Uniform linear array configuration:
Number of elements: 24
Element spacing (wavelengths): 1
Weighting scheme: cosine
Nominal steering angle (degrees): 30
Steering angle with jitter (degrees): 30.729
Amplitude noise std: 0.05
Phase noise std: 0.05

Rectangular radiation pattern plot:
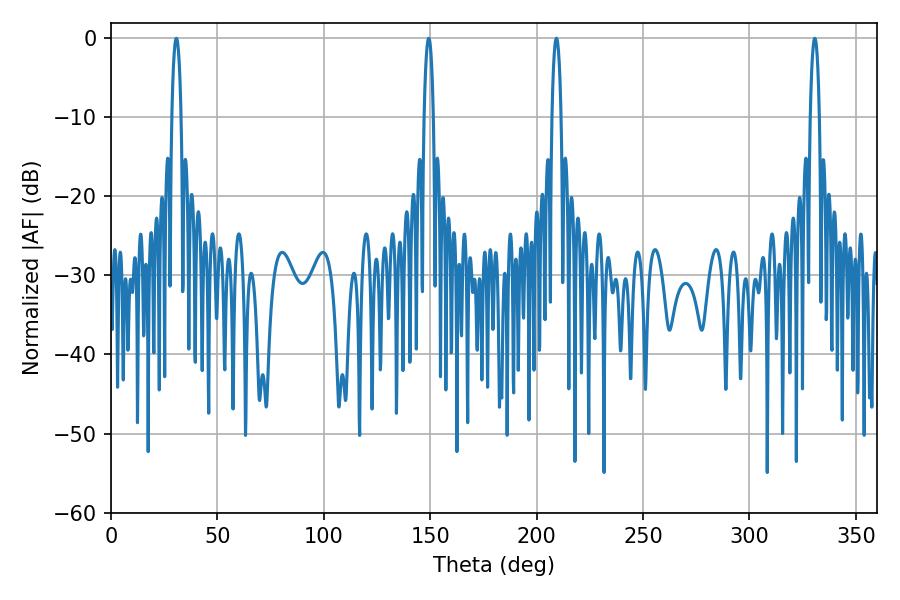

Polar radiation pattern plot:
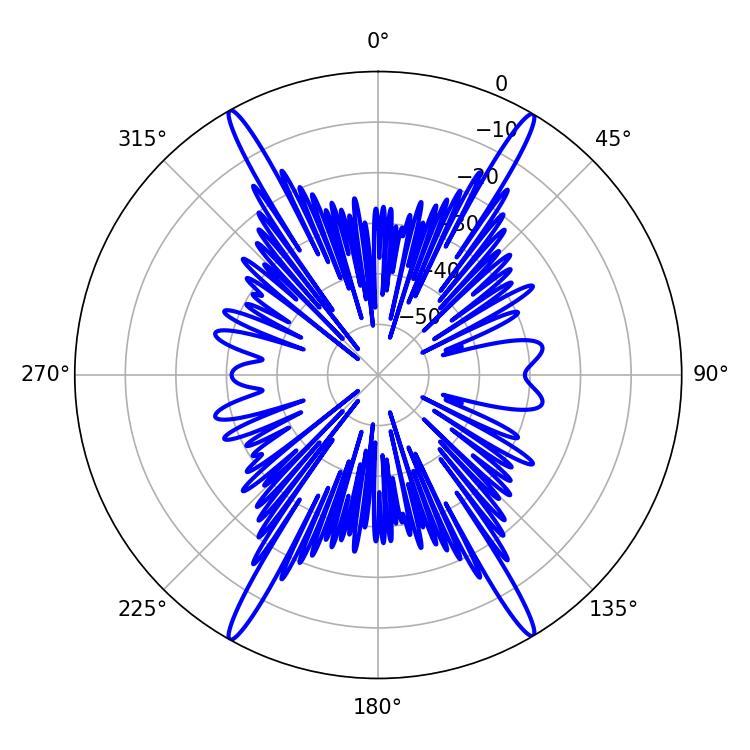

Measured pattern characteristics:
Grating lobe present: TRUE
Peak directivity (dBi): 28.33
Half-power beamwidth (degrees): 2.34
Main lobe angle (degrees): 330.66